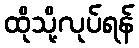
ထိုသို့လုပ်ရန်